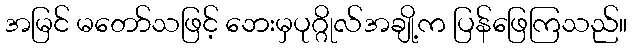
အမြင် မတော်သဖြင့် ဘေးမှပုဂ္ဂိုလ်အချို့က ပြန်ဖြေကြသည်။